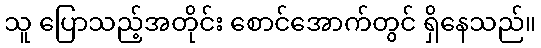
သူ ပြောသည့်အတိုင်း စောင်အောက်တွင် ရှိနေသည်။